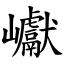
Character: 巘